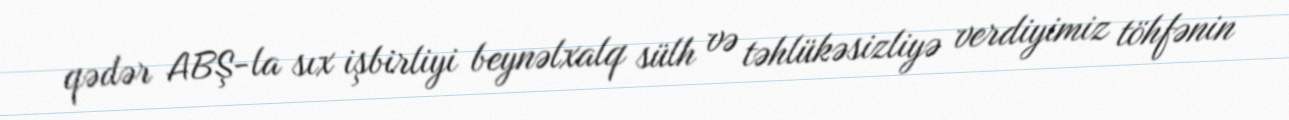
qədər ABŞ-la sıx işbirliyi beynəlxalq sülh və təhlükəsizliyə verdiyimiz töhfənin